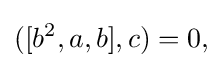
\displaystyle {([b^{2},a,b],c)=0,}